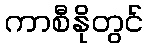
ကာစီနိုတွင်